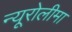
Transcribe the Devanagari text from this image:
न्यूरोलीमा